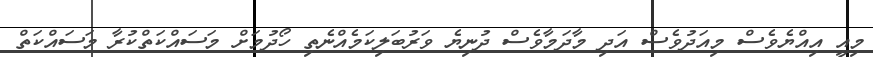
މިއީ އިއްޔެވެސް މިއަދުވެސް އަދި މާދަމާވެސް ދުނިޔެ ވަރުބަލިކަމެއްނެތި ހޯދުމަށް މަސައްކަތްކުރާ މަސައްކަތް